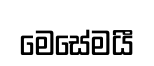
මෙසේමයී